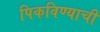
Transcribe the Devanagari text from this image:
पिकविण्याची